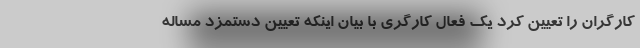
کارگران را تعیین کرد یک فعال کارگری با بیان اینکه تعیین دستمزد مساله